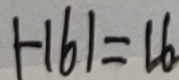
\vert - 1 6 \vert = 1 6